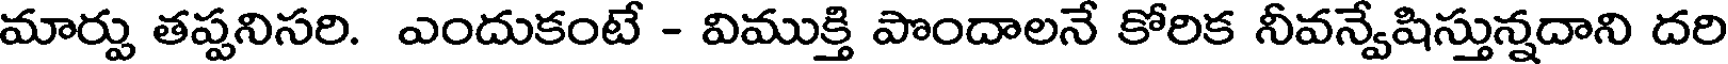
మార్పు తప్పనిసరి. ఎందుకంటే - విముక్తి పొందాలనే కోరిక నీవన్వేషిస్తున్నదాని దరి